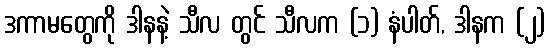
ဒကာမတွေကို ဒါနနဲ့ သီလ တွင် သီလက (၁) နံပါတ်, ဒါနက (၂)